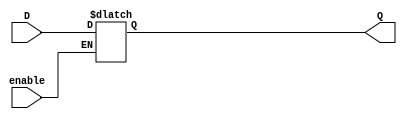
`timescale 1ns / 1ps

module D_latch(
    input D,
    input enable,
    output reg Q
    );

    always @(D or enable)
        begin 
            if(enable) Q=D;
            else Q=Q;
        end
endmodule